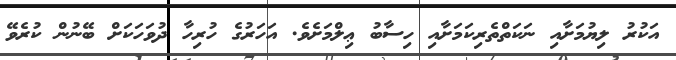
އަކުރު ލިޔުމަށާއި ނަކަތްތެރިކަމަށާއި ހިސާބު ޢިލްމަށެވެ. އަހަރުގެ ހުރިހާ ދުވަހަކަށް ބޭނުން ކުރެވޭ